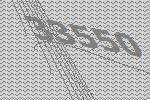
33550